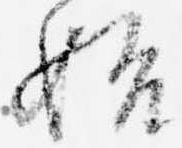
始